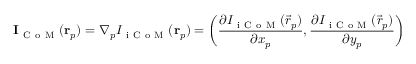
\mathbf { I } _ { \mathrm { ~ C ~ o ~ M ~ } } ( \mathbf { r } _ { p } ) = \nabla _ { p } I _ { \mathrm { ~ i ~ C ~ o ~ M ~ } } ( \mathbf { r } _ { p } ) = \left( \frac { \partial I _ { \mathrm { ~ i ~ C ~ o ~ M ~ } } ( \vec { r } _ { p } ) } { \partial x _ { p } } , \frac { \partial I _ { \mathrm { ~ i ~ C ~ o ~ M ~ } } ( \vec { r } _ { p } ) } { \partial y _ { p } } \right)